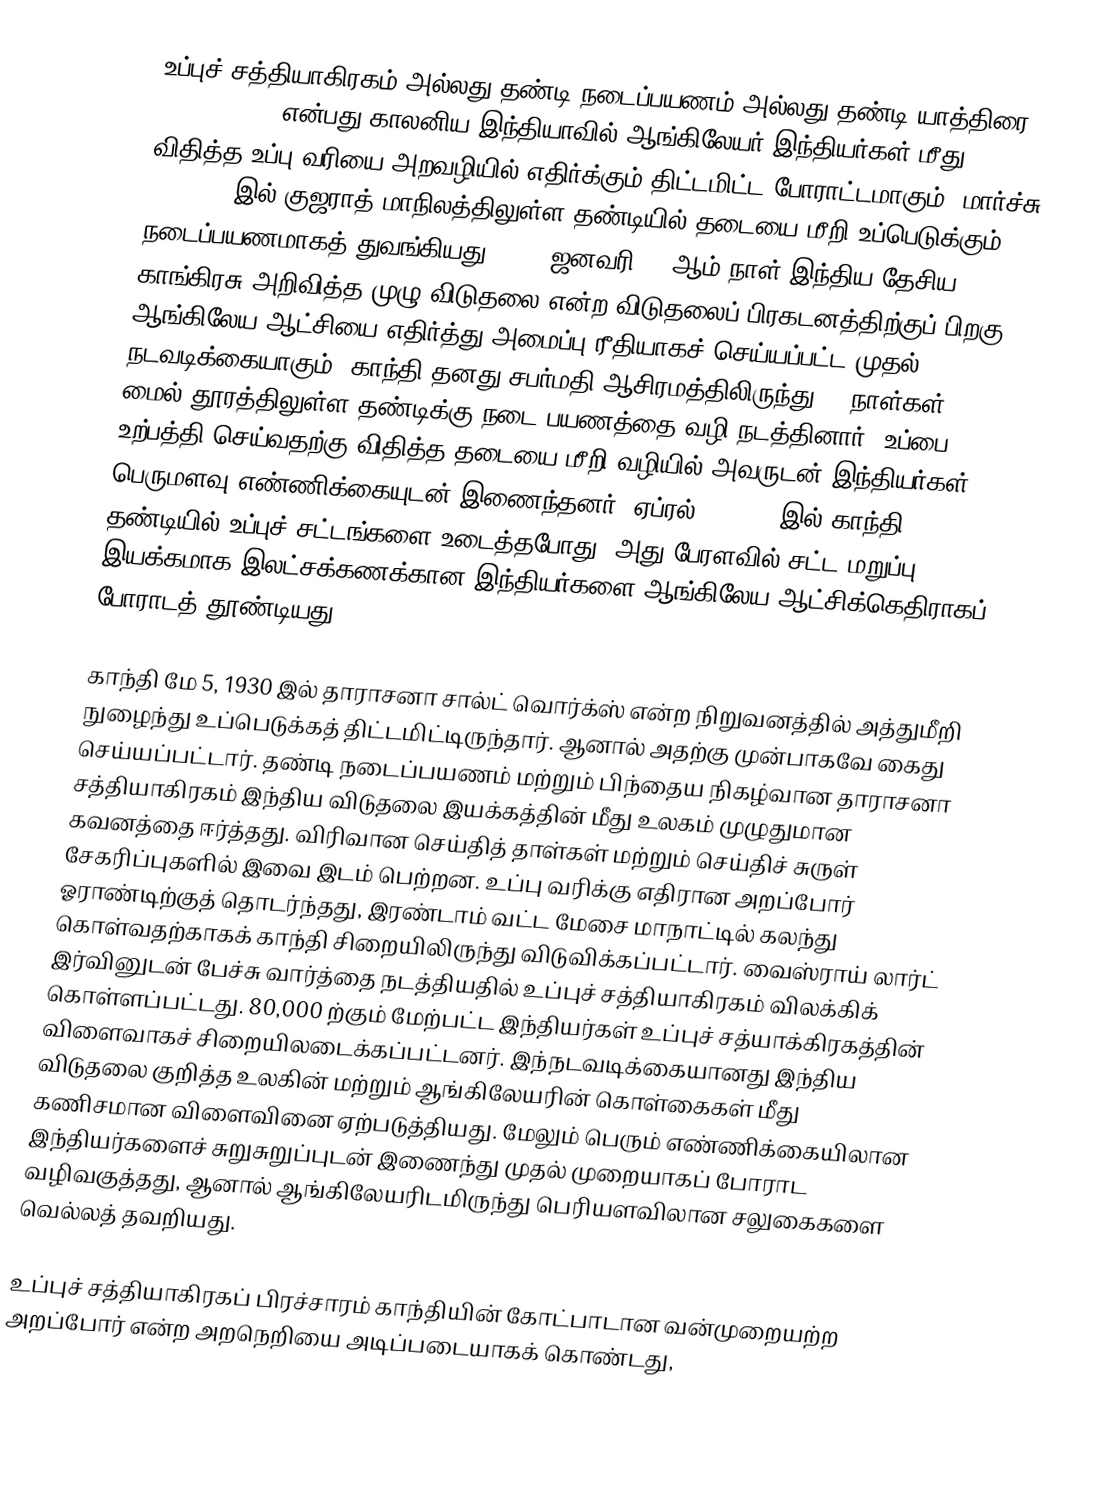
உப்புச் சத்தியாகிரகம் அல்லது தண்டி நடைப்பயணம்  அல்லது  தண்டி யாத்திரை (Salt March) என்பது காலனிய இந்தியாவில் ஆங்கிலேயர் இந்தியர்கள் மீது விதித்த உப்பு வரியை அறவழியில் எதிர்க்கும் திட்டமிட்ட போராட்டமாகும். மார்ச்சு 12, 1930 இல் குஜராத் மாநிலத்திலுள்ள தண்டியில் தடையை மீறி உப்பெடுக்கும் நடைப்பயணமாகத் துவங்கியது. 1930 ஜனவரி 30 ஆம் நாள் இந்திய தேசிய காங்கிரசு அறிவித்த முழு விடுதலை என்ற விடுதலைப் பிரகடனத்திற்குப் பிறகு ஆங்கிலேய ஆட்சியை எதிர்த்து அமைப்பு ரீதியாகச் செய்யப்பட்ட முதல் நடவடிக்கையாகும். காந்தி தனது சபர்மதி ஆசிரமத்திலிருந்து 23 நாள்கள் 240 மைல் தூரத்திலுள்ள தண்டிக்கு நடை பயணத்தை வழி நடத்தினார், உப்பை உற்பத்தி செய்வதற்கு விதித்த தடையை மீறி வழியில் அவருடன் இந்தியர்கள் பெருமளவு எண்ணிக்கையுடன் இணைந்தனர். ஏப்ரல் 6, 1930 இல் காந்தி தண்டியில் உப்புச் சட்டங்களை உடைத்தபோது, அது பேரளவில் சட்ட மறுப்பு இயக்கமாக இலட்சக்கணக்கான இந்தியர்களை ஆங்கிலேய ஆட்சிக்கெதிராகப் போராடத் தூண்டியது.

காந்தி மே 5, 1930 இல் தாராசனா சால்ட் வொர்க்ஸ் என்ற நிறுவனத்தில் அத்துமீறி நுழைந்து உப்பெடுக்கத் திட்டமிட்டிருந்தார். ஆனால் அதற்கு முன்பாகவே கைது செய்யப்பட்டார். தண்டி நடைப்பயணம் மற்றும் பிந்தைய நிகழ்வான தாராசனா சத்தியாகிரகம் இந்திய விடுதலை இயக்கத்தின் மீது உலகம் முழுதுமான கவனத்தை ஈர்த்தது. விரிவான செய்தித் தாள்கள் மற்றும் செய்திச் சுருள் சேகரிப்புகளில் இவை இடம் பெற்றன. உப்பு வரிக்கு எதிரான அறப்போர் ஓராண்டிற்குத் தொடர்ந்தது, இரண்டாம் வட்ட மேசை மாநாட்டில் கலந்து கொள்வதற்காகக் காந்தி சிறையிலிருந்து விடுவிக்கப்பட்டார். வைஸ்ராய் லார்ட் இர்வினுடன் பேச்சு வார்த்தை நடத்தியதில் உப்புச் சத்தியாகிரகம் விலக்கிக் கொள்ளப்பட்டது. 80,000 ற்கும் மேற்பட்ட இந்தியர்கள் உப்புச் சத்யாக்கிரகத்தின் விளைவாகச் சிறையிலடைக்கப்பட்டனர்.  இந்நடவடிக்கையானது இந்திய விடுதலை குறித்த உலகின் மற்றும் ஆங்கிலேயரின் கொள்கைகள் மீது கணிசமான விளைவினை ஏற்படுத்தியது. மேலும் பெரும் எண்ணிக்கையிலான இந்தியர்களைச் சுறுசுறுப்புடன் இணைந்து முதல் முறையாகப் போராட வழிவகுத்தது, ஆனால் ஆங்கிலேயரிடமிருந்து பெரியளவிலான சலுகைகளை வெல்லத் தவறியது.

உப்புச் சத்தியாகிரகப் பிரச்சாரம் காந்தியின் கோட்பாடான வன்முறையற்ற அறப்போர் என்ற அறநெறியை அடிப்படையாகக் கொண்டது,